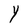
Character: Y